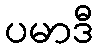
ပမာဒီ